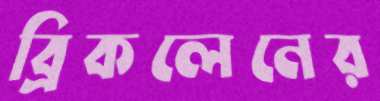
ব্রিকলেনের